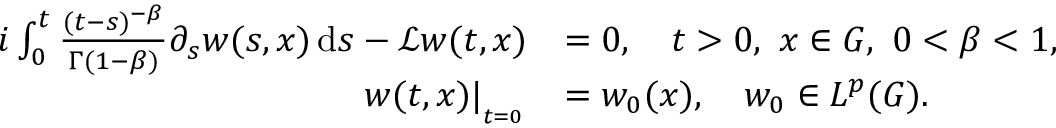
\begin{array} { r l } { i \int _ { 0 } ^ { t } \frac { ( t - s ) ^ { - \beta } } { \Gamma ( 1 - \beta ) } \partial _ { s } w ( s , x ) \, \mathrm { d } s - \mathscr { L } w ( t , x ) } & { = 0 , \quad t > 0 , \, \, x \in G , \, \, 0 < \beta < 1 , } \\ { w ( t , x ) | _ { _ { _ { t = 0 } } } } & { = w _ { 0 } ( x ) , \quad w _ { 0 } \in L ^ { p } ( G ) . } \end{array}